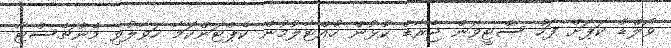
ވޯލްޑް ކަޕަށް ފަހު ސްޓީވަން ޖެރާޑް ކުޅުން ހުއްޓާލުމުން ކެޕްޓަންކަމާ ހަވާލުވި މެންޗެސްޓާ